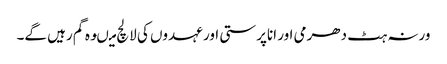
ورنہ ہٹ دھرمی اور اناپرستی اور عہدوں کی لالچ میںوہ گم رہیں گے۔